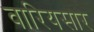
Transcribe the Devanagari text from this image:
वारियसार